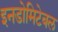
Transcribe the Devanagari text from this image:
इनडोमिटेबल